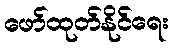
ဖော်ထုတ်နိုင်ရေး